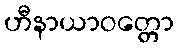
ဟီနာယာဝတ္တော